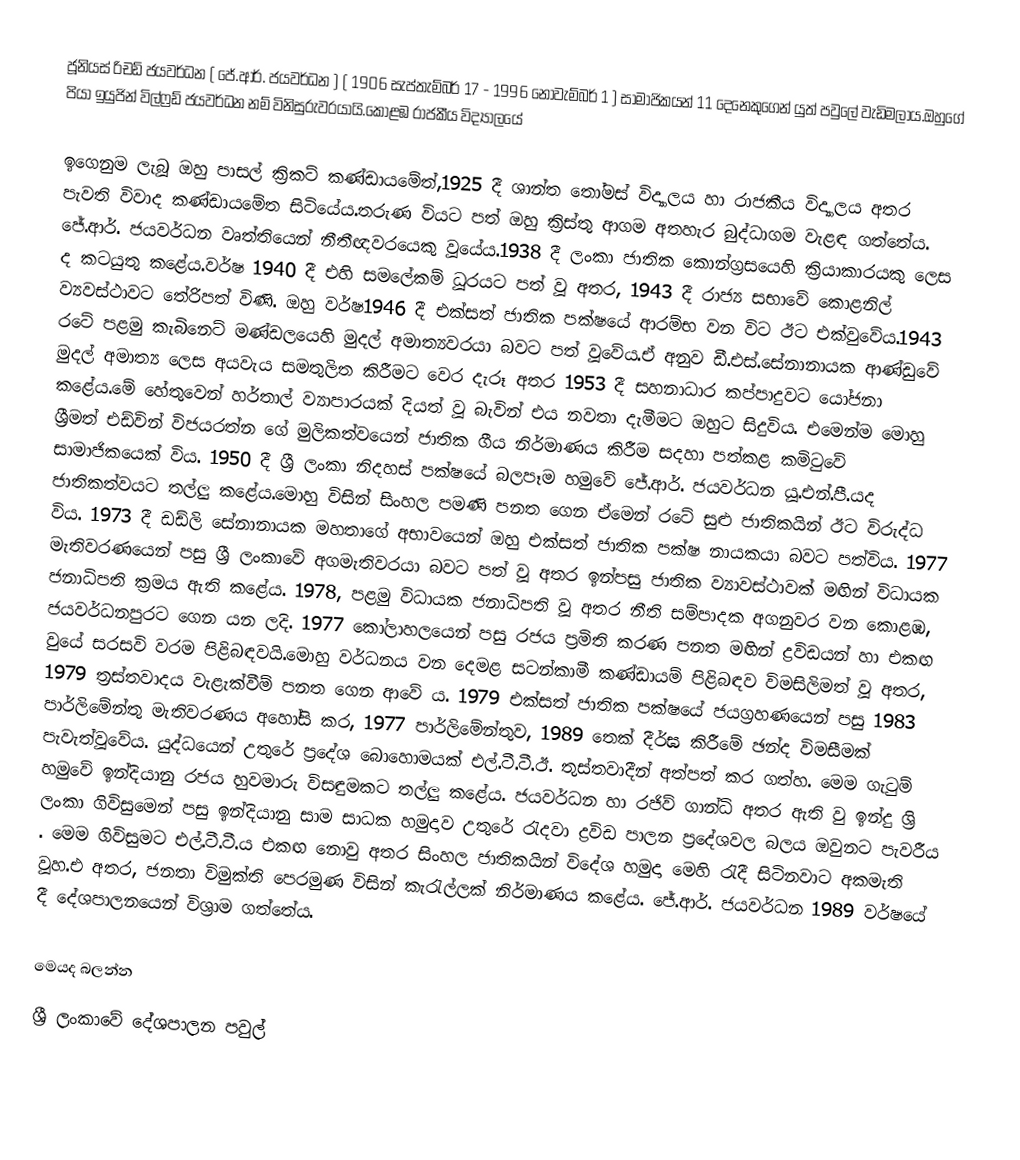
ජූනියස් රිචඩ් ජයවර්ධන ( ජේ.ආර්. ජයවර්ධන )  ( 1906 සැප්තැම්බර් 17 - 1996 නොවැම්බර් 1 ) සාමාජිකයන් 11 දෙනෙකුගෙන් යුත් පවුලේ වැඩිමලාය.ඔහුගේ පියා ඉයුජින් විල්ෆ්‍රඩ් ජයවර්ධන නම් විනිසුරුවරයායි.කොළඹ රාජකීය විද්‍යාලයේ

ඉගෙනුම ලැබූ ඔහු පාසල් ක්‍රිකට් කණ්ඩායමේත්,1925 දී ශාන්ත තෝමස් විද්‍යාලය හා රාජකීය විද්‍යාලය අතර පැවති විවාද කණ්ඩායමේත සිටියේය.තරුණ වියට පත් ඔහු ක්‍රිස්තු ආගම අතහැර බුද්ධාගම වැළඳ ගත්තේය. ජේ.ආර්. ජයවර්ධන වෘත්තියෙන් නීතීඥවරයෙකු වූයේය.1938 දී ලංකා ජාතික කොන්ග්‍රසයෙහි ක්‍රියාකාරයකු  ලෙස ද කටයුතු කළේය.වර්ෂ 1940 දී එහි සමලේකම් ධූරයට පත් වූ අතර, 1943 දී රාජ්‍ය සභාවේ කොළනිල් ව්‍යවස්ථාවට තේරිපත් විණි. ඔහු වර්ෂ1946 දී එක්සත් ජාතික පක්ෂයේ ආරම්භ වන විට ඊට එක්වුවේය.1943 රටේ පළමු කැබිනෙට් මණ්ඩලයෙහි මුදල් අමාත්‍යවරයා බවට පත් වූවේය.ඒ අනුව ඩී.එස්.සේනානායක ආණ්ඩුවේ මුදල් අමාත්‍ය ලෙස අයවැය සමතුලිත කිරීමට වෙර දැරූ අතර 1953 දී සහනාධාර කප්පාදුවට යෝජනා ක‍ළේය.මේ හේතුවෙන් හර්තාල් ව්‍යාපාරයක් දියත් වූ බැවින් එය නවතා දැමීමට ඔහුට සිදුවිය. එමෙන්ම මොහු ශ්‍රීමත් එඩ්වින් විජයරත්න ගේ  මුලිකත්වයෙන්  ජාතික ගීය නිර්මාණය කිරීම සදහා පත්කළ කමිටුවේ සාමාජිකයෙක් විය. 1950 දී ශ්‍රී ලංකා නිදහස් පක්ෂ‍යේ බලපෑම හමුවේ ජේ.ආර්. ජයවර්ධන යූ.එන්.පී.යද ජාතිකත්වයට තල්ලු කළේය.මොහු විසින් සිංහල පමණි පනත ගෙන ඒමෙන් රටේ සුළු ජාතිකයින් ඊට විරුද්ධ විය. 1973 දී  ඩඩ්ලි සේනානායක  මහතාගේ අභාවයෙන් ඔහු එක්සත් ජාතික පක්ෂ නායකයා බවට පත්විය.  1977 මැතිවරණයෙන් පසු ශ්‍රී ලංකාවේ අගමැතිවරයා බවට පත් වූ අතර ඉන්පසු ජාතික ව්‍යාවස්ථාවක් මඟින් විධායක ජනාධිපති ක්‍රමය ඇති කළේය. 1978, පළමු විධායක ජනාධිපති වූ අතර නීති සම්පාදක අගනුවර වන කොළඹ, ජයවර්ධනපුර‍ට ගෙන යන ලදි. 1977 කෝලාහලයෙන් පසු රජය ප්‍රමිති කරණ පනත මඟින් ද්‍රවිඩයන් හා එකඟ වුයේ සරසවි වරම පිළිබඳවයි.මොහු වර්ධනය වන දෙමළ සටන්කාමී කණ්ඩායම් පිළිබඳව විමසිලිමත් වූ අතර, 1979 ත්‍රස්තවාදය වැළැක්වීම් පනත ගෙන ආවේ ය. 1979 එක්සත් ජාතික පක්ෂයේ ජයග්‍රහණයෙන් පසු  1983 පාර්ලිමේන්තු මැතිවරණය අහෝසි කර, 1977 පාර්ලිමේන්තුව, 1989 තෙක් දීර්ඝ කිරීමේ ඡන්ද විමසීමක් පැවැත්වූවේය. යුද්ධයෙන් උතුරේ ප්‍රදේශ බොහොමයක් එල්.ටී.ටී.ඊ. තුස්තවාදීන් අත්පත් කර ගත්හ. මෙම ගැටුම් හමුවේ ඉන්දියානු රජය හුවමාරු විසඳුමකට තල්ලු කළේය. ජයවර්ධන හා රජිව් ගාන්ධි අතර ඇති වු ඉන්දු ශ්‍රි ලංකා ගිවිසුමෙන් පසු ඉන්දියානු සාම සාධක හමුදාව උතුරේ රැදවා ද්‍රවිඩ පාලන ප්‍රදේශවල බලය ඔවුනට පැවරීය . මෙම ගිවිසුමට එල්.ටී.ටී.ය එකඟ නොවු අතර සිංහල ජාතිකයින් විදේශ හමුදා මෙහි රැදී සිටිනවාට අකමැති වූහ.එ අතර, ජනතා විමුක්ති පෙරමුණ විසින් කැරැල්ලක් නිර්මාණය කළේය. ජේ.ආර්. ජයවර්ධන 1989 වර්ෂයේ දී දේශපාලනයෙන් විශ්‍රාම ගත්තේය.

මෙයද බලන්න
 ශ්‍රී ලංකාවේ දේශපාලන පවුල්